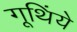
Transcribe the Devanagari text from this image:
गूथिंये